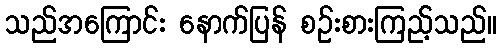
သည်အကြောင်း နောက်ပြန် စဉ်းစားကြည့်သည်။